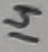
Text: 14